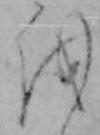
を